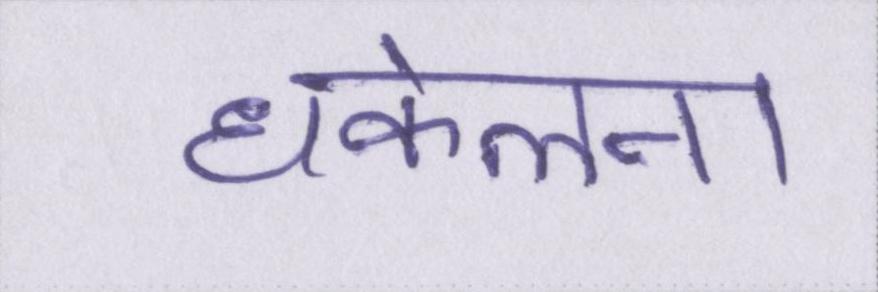
धकेलना